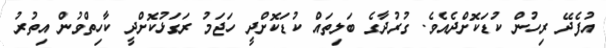
އުފެދޭ ރިހުން ކުޑަކޮށްދެއެވެ. ގުރުދާގެ ބަލިތައް ކުޑަކޮށްދީ ހަޖަމު ރަގަޅުކޮށްދީ ކާހިތްވުން އިތުރު